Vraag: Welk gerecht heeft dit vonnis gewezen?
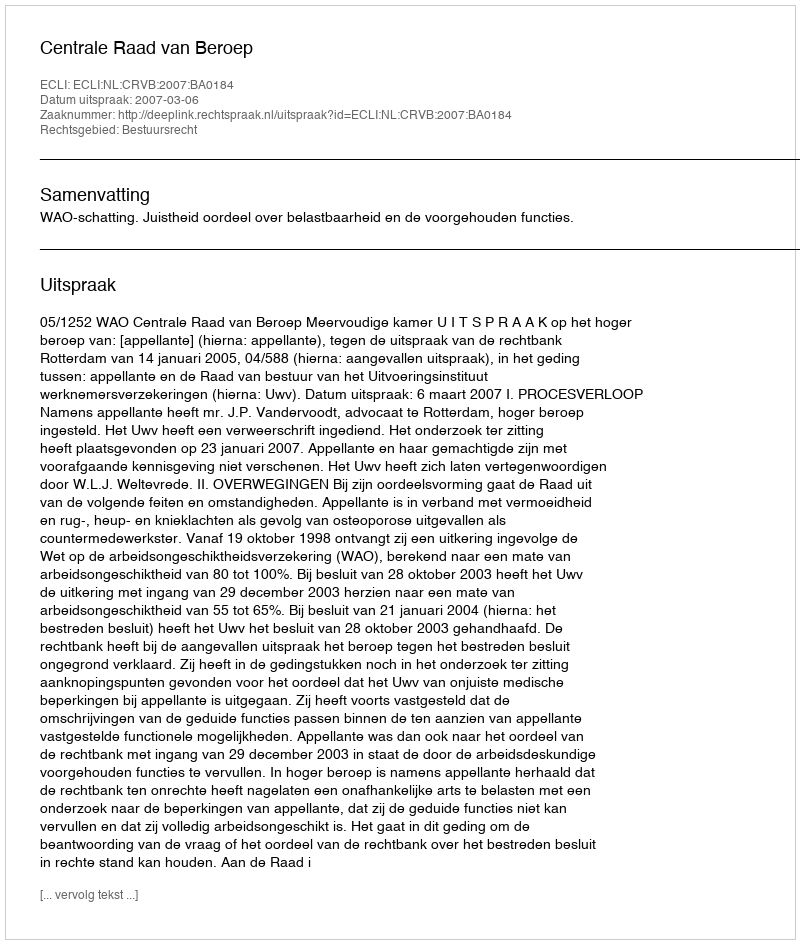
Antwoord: Centrale Raad van Beroep